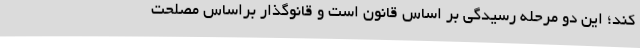
کند؛ این دو مرحله رسیدگی بر اساس قانون است و قانوگذار براساس مصلحت